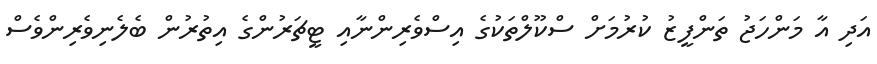
އަދި އާ މަންހަޖު ތަންފީޒު ކުރުމަށް ސްކޫލްތަކުގެ އިސްވެރިންނާއި ޓީޗަރުންގެ އިތުރުން ބެލެނިވެރިންވެސް